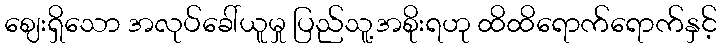
ဈေးရှိသော အလုပ်ခေါ်ယူမှု ပြည်သူ့အစိုးရဟု ထိထိရောက်ရောက်နှင့်